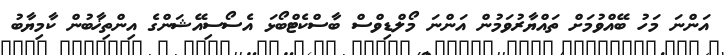
އަންނަ މަހު ބޭއްވުމަށް ތައްޔާރުވަމުން އަންނަ މޯލްޑިވްސް ބާސްކެޓްބޯޅަ އެސޯސިއޭޝަންގެ އިންތިޚާބުން ކާމިޔާބު